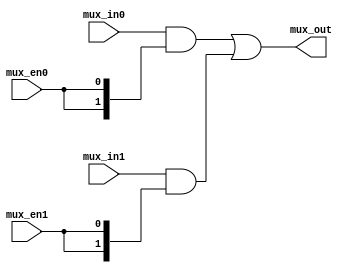
//--------------------------------------------------------------------------
//
//  Unpublished work. Copyright 2022 Siemens
//
//  This material contains trade secrets or otherwise confidential 
//  information owned by Siemens Industry Software Inc. or its affiliates 
//  (collectively, SISW), or its licensors. Access to and use of this 
//  information is strictly limited as set forth in the Customer's 
//  applicable agreements with SISW.
//
//--------------------------------------------------------------------------
//  File created by: Tessent Shell
//          Version: 2022.4
//--------------------------------------------------------------------------

module firebird7_in_gate2_edt_channel_out_mux_2x1_1 (
  mux_in0, mux_en0,
  mux_in1, mux_en1,
  mux_out
);
 
input  [1:0]   mux_in0, mux_in1;
input  [0:0]   mux_en0;
input  [0:0]   mux_en1;
output [1:0]   mux_out;
 
assign mux_out = ( mux_in0 & {2{|mux_en0}} ) |
               ( mux_in1 & {2{|mux_en1}} ) ;
 
endmodule